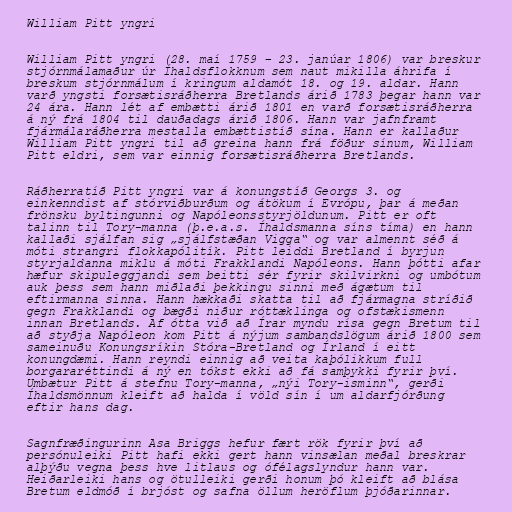
William Pitt yngri

William Pitt yngri (28. maí 1759 – 23. janúar 1806) var breskur
stjórnmálamaður úr Íhaldsflokknum sem naut mikilla áhrifa í
breskum stjórnmálum í kringum aldamót 18. og 19. aldar. Hann
varð yngsti forsætisráðherra Bretlands árið 1783 þegar hann var
24 ára. Hann lét af embætti árið 1801 en varð forsætisráðherra
á ný frá 1804 til dauðadags árið 1806. Hann var jafnframt
fjármálaráðherra mestalla embættistíð sína. Hann er kallaður
William Pitt yngri til að greina hann frá föður sínum, William
Pitt eldri, sem var einnig forsætisráðherra Bretlands.

Ráðherratíð Pitt yngri var á konungstíð Georgs 3. og
einkenndist af stórviðburðum og átökum í Evrópu, þar á meðan
frönsku byltingunni og Napóleonsstyrjöldunum. Pitt er oft
talinn til Tory-manna (þ.e.a.s. Íhaldsmanna síns tíma) en hann
kallaði sjálfan sig „sjálfstæðan Vigga“ og var almennt séð á
móti strangri flokkapólitík. Pitt leiddi Bretland í byrjun
styrjaldanna miklu á móti Frakklandi Napóleons. Hann þótti afar
hæfur skipuleggjandi sem beitti sér fyrir skilvirkni og umbótum
auk þess sem hann miðlaði þekkingu sinni með ágætum til
eftirmanna sinna. Hann hækkaði skatta til að fjármagna stríðið
gegn Frakklandi og bægði niður róttæklinga og ofstækismenn
innan Bretlands. Af ótta við að Írar myndu rísa gegn Bretum til
að styðja Napóleon kom Pitt á nýjum sambandslögum árið 1800 sem
sameinuðu Konungsríkin Stóra-Bretland og Írland í eitt
konungdæmi. Hann reyndi einnig að veita kaþólikkum full
borgararéttindi á ný en tókst ekki að fá samþykki fyrir því.
Umbætur Pitt á stefnu Tory-manna, „nýi Tory-isminn“, gerði
Íhaldsmönnum kleift að halda í völd sín í um aldarfjórðung
eftir hans dag.

Sagnfræðingurinn Asa Briggs hefur fært rök fyrir því að
persónuleiki Pitt hafi ekki gert hann vinsælan meðal breskrar
alþýðu vegna þess hve litlaus og ófélagslyndur hann var.
Heiðarleiki hans og ötulleiki gerði honum þó kleift að blása
Bretum eldmóð í brjóst og safna öllum heröflum þjóðarinnar.